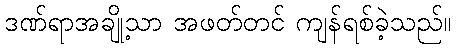
ဒဏ်ရာအချို့သာ အဖတ်တင် ကျန်ရစ်ခဲ့သည်။